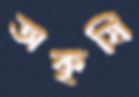
অকৃষি